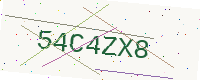
Text: 54C4ZX8